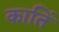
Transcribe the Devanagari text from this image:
कातिं